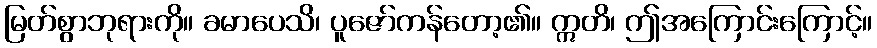
မြတ်စွာဘုရားကို။ ခမာပေသိ၊ ပူဇော်ကန်တော့၏။ ဣတိ၊ ဤအကြောင်းကြောင့်။